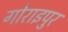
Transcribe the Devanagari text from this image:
गोराइपुर